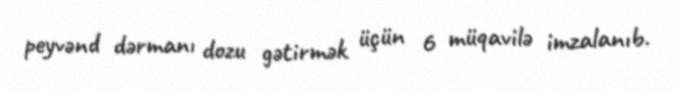
peyvənd dərmanı dozu gətirmək üçün 6 müqavilə imzalanıb.